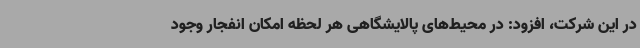
در این شرکت، افزود: در محیط‌های پالایشگاهی هر لحظه امکان انفجار وجود